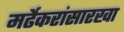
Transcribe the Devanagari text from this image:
मर्ढेकरांसारखा